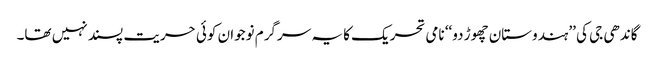
گاندھی جی کی ’’ہندوستان چھوڑ دو‘‘ نامی تحریک کا یہ سرگرم نوجوان کوئی حریت پسند نہیں تھا۔